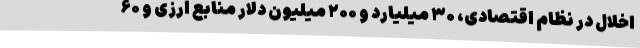
اخلال در نظام اقتصادی، ۳۰ میلیارد و ۲۰۰ میلیون دلار منابع ارزی و ۶۰